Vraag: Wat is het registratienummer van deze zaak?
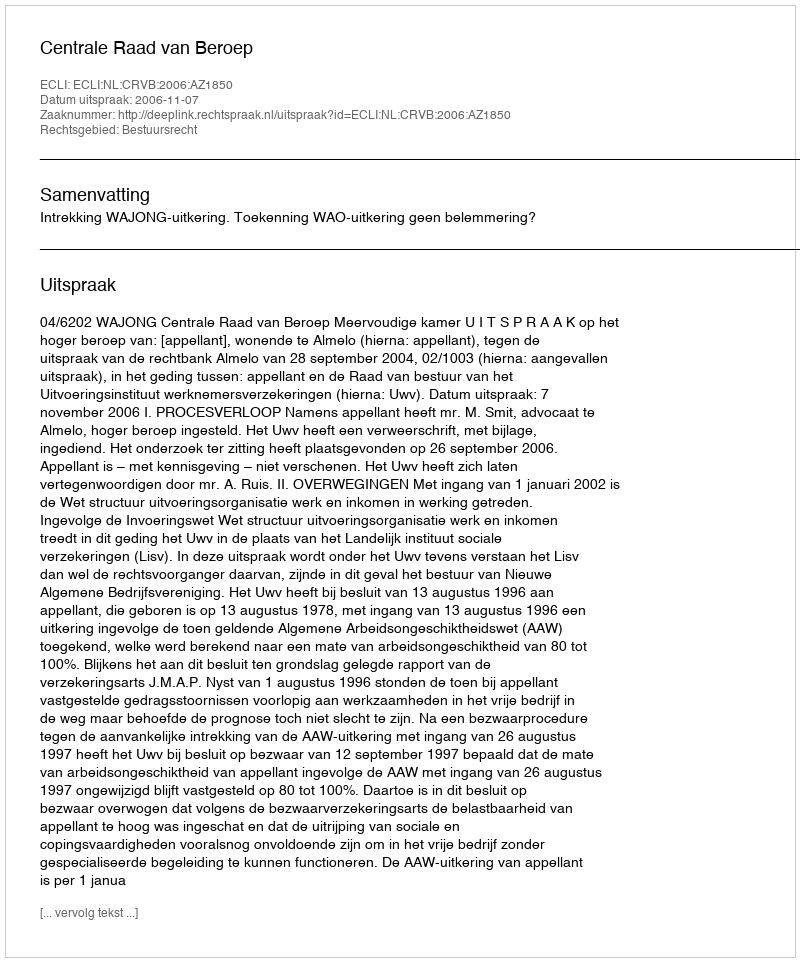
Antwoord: http://deeplink.rechtspraak.nl/uitspraak?id=ECLI:NL:CRVB:2006:AZ1850